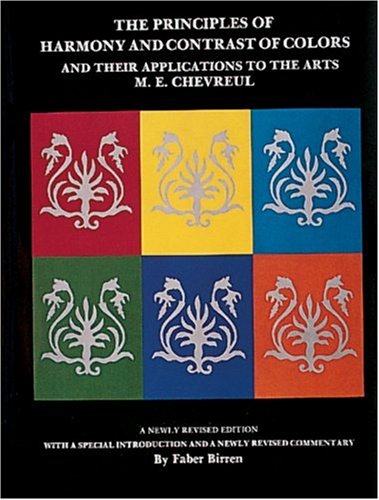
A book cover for The Principles of Harmony and Contrast of Colors and Their Applications to the Arts; M. E. Chevreul; Arts & Photography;